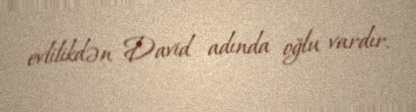
evlilikdən David adında oğlu vardır.